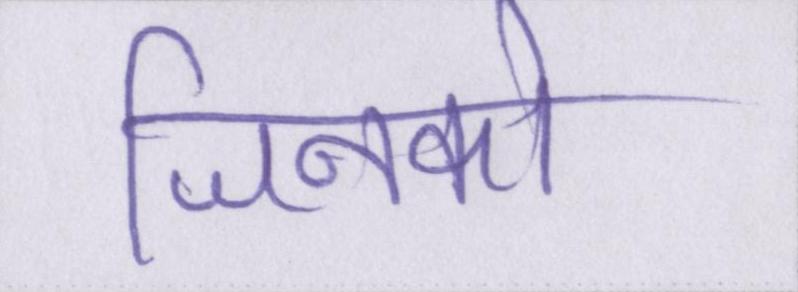
जिनको